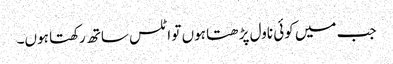
جب میں کوئی ناول پڑھتا ہوں تو اٹلس ساتھ رکھتا ہوں۔